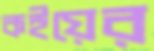
কইয়ের